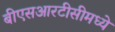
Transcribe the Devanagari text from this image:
बीएसआरटीसीमध्ये